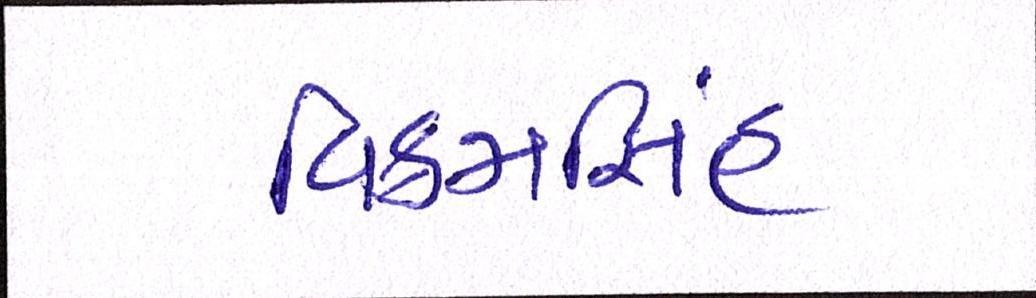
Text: વિક્રમસિંહ